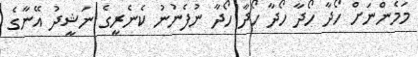
މަމެންނަށް ހޯދާ ހޯދާ ހޯދާ ހޯދާ ހޯދާ ނުފެނުނު ކެނެރީގެ ނަޝީދު އޭނާގެ